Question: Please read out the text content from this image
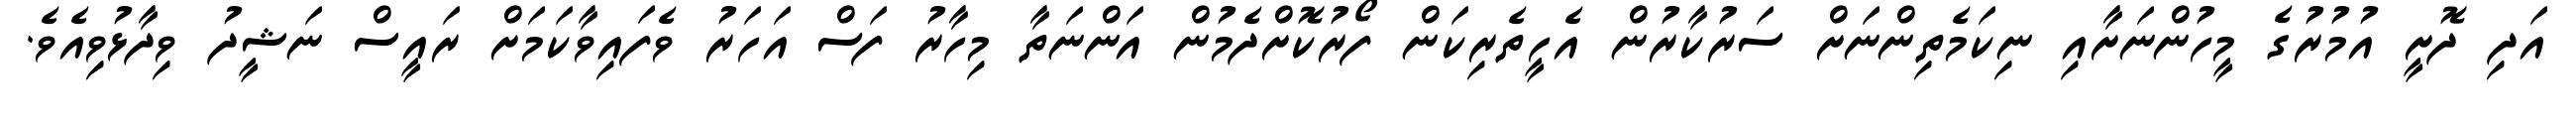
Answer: އަދި ދޮށީ އުމުރުގެ މީހުންނަށާއި ނިކަމެތިންނަށް ސަރުކާރުން އެހީތެރިކަން ފޯރުކޮށްދެމުން އަންނަތާ މިހާރު ފަސް އަހަރު ވެފައިވާކަމަށް ރައީސް ނަޝީދު ވިދާޅުވިއެވެ.